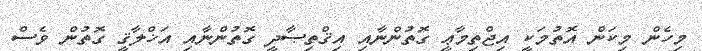
މިހެން މިކަން އޮތުމަކީ އިޖްތިމާޢީ ގޮތުންނާއި އިޤްތިޞާދީ ގޮތުންނާއި އަޚްލާޤީ ގޮތުން ވެސް